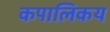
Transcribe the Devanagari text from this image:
कपालिकय